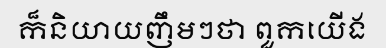
ក៏និយាយញឹមៗថា ពួកយើង